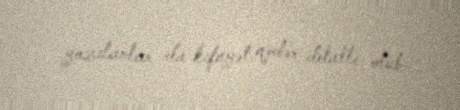
yazılanlar da kifayət qədər detallı olub.